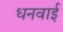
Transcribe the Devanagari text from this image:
धनवाई